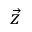
\vec { z }